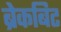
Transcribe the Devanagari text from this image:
ब्रेकबिट